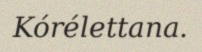
Kórélettana.